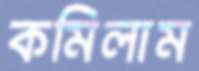
কমিলাম